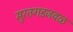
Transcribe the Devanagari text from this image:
सुरतगडजवळ